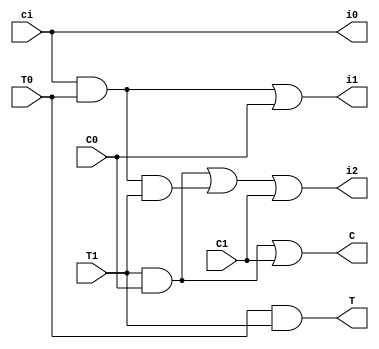
// Copyright (C) 2018  Intel Corporation. All rights reserved.
// Your use of Intel Corporation's design tools, logic functions 
// and other software and tools, and its AMPP partner logic 
// functions, and any output files from any of the foregoing 
// (including device programming or simulation files), and any 
// associated documentation or information are expressly subject 
// to the terms and conditions of the Intel Program License 
// Subscription Agreement, the Intel Quartus Prime License Agreement,
// the Intel FPGA IP License Agreement, or other applicable license
// agreement, including, without limitation, that your use is for
// the sole purpose of programming logic devices manufactured by
// Intel and sold by Intel or its authorized distributors.  Please
// refer to the applicable agreement for further details.

// PROGRAM		"Quartus Prime"
// VERSION		"Version 18.0.0 Build 614 04/24/2018 SJ Lite Edition"
// CREATED		"Mon Oct 28 18:49:53 2019"

module ncarry(
	T0,
	C0,
	T1,
	C1,
	ci,
	i1,
	i2,
	i0,
	T,
	C
);


input wire	T0;
input wire	C0;
input wire	T1;
input wire	C1;
input wire	ci;
output wire	i1;
output wire	i2;
output wire	i0;
output wire	T;
output wire	C;

wire	SYNTHESIZED_WIRE_0;
wire	SYNTHESIZED_WIRE_1;
wire	SYNTHESIZED_WIRE_2;
wire	SYNTHESIZED_WIRE_3;
wire	SYNTHESIZED_WIRE_4;
wire	SYNTHESIZED_WIRE_5;
wire	SYNTHESIZED_WIRE_6;




assign	i0 = ci;


assign	C = SYNTHESIZED_WIRE_0 | SYNTHESIZED_WIRE_1;

assign	SYNTHESIZED_WIRE_1 = C1;


assign	SYNTHESIZED_WIRE_0 = T1 & C0;

assign	i2 = SYNTHESIZED_WIRE_2 | SYNTHESIZED_WIRE_3 | SYNTHESIZED_WIRE_4;

assign	SYNTHESIZED_WIRE_3 = ci & T0 & T1;

assign	SYNTHESIZED_WIRE_2 = C0 & T1;

assign	SYNTHESIZED_WIRE_5 = ci & T0;

assign	SYNTHESIZED_WIRE_6 = C0;


assign	i1 = SYNTHESIZED_WIRE_5 | SYNTHESIZED_WIRE_6;

assign	SYNTHESIZED_WIRE_4 = C1;


assign	T = T0 & T1;


endmodule